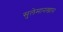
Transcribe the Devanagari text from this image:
सुलेमानखान